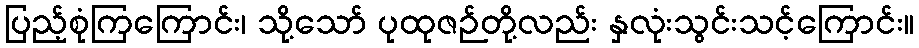
ပြည့်စုံကြကြောင်း၊ သို့သော် ပုထုဇဉ်တို့လည်း နှလုံးသွင်းသင့်ကြောင်း။